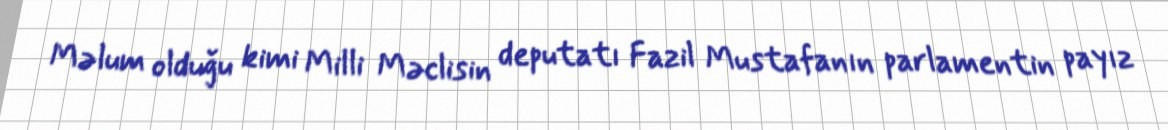
Məlum olduğu kimi Milli Məclisin deputatı Fazil Mustafanın parlamentin payız